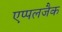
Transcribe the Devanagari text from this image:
एप्पलजैक